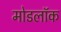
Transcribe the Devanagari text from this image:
मोडलॉक